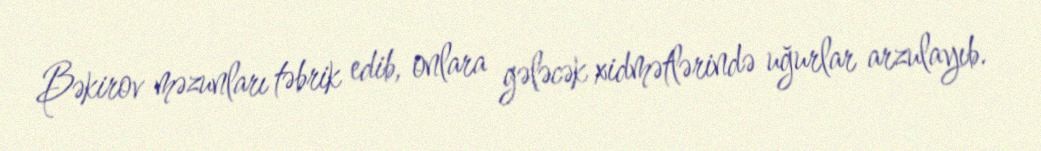
Bəkirov məzunları təbrik edib, onlara gələcək xidmətlərində uğurlar arzulayıb.